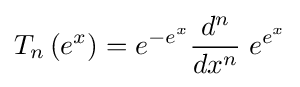
T_{n}\left(e^{x}\right)=e^{-e^{x}}{\frac {d^{n}}{dx^{n}}}\;e^{e^{x}}